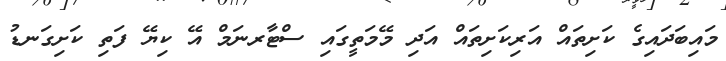
މައިބަދައިގެ ކަށިތައް އަރިކަށިތައް އަދި މޭމަތީގައި ސްޓާރނަމް އޭ ކިޔޭ ފަތި ކަށިގަނޑު